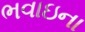
ભવાઇના